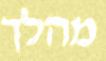
מהלך